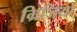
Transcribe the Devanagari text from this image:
ग्रिजियो